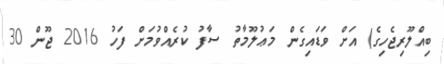
ބިއްލޫރިޖެހިގެ) އަށް ވަޑައިގެން މަޢުލޫމާތު ސާފު ކުރެއްވުމަށް ފަހު 2016 ޖޫން 30